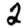
Digit: 2